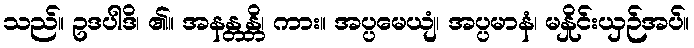
သည်။ ဥဒပါဒိ၊ ၏။ အနန္တန္တိ၊ ကား။ အပ္ပမေယျံ၊ အပ္ပမာနံ၊ မနှိုင်းယှဉ်အပ်။